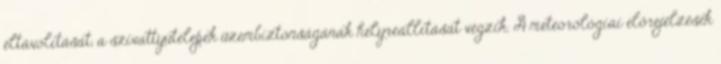
eltávolítását, a szivattyútelepek üzembiztonságának helyreállítását végzik. A meteorológiai előrejelzések